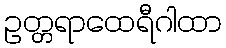
ဥတ္တရာထေရီဂါထာ